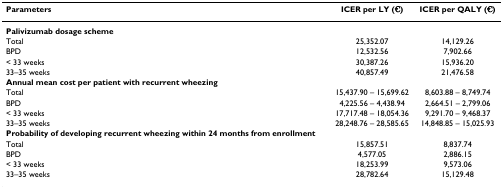
<table><thead><tr><td><b>Parameters</b></td><td><b>ICER per LY (€)</b></td><td><b>ICER per QALY (€)</b></td></tr></thead><tbody><tr><td><b>Palivizumab dosage scheme</b></td><td></td><td></td></tr><tr><td>Total</td><td>25,352.07</td><td>14,129.26</td></tr><tr><td>BPD</td><td>12,532.56</td><td>7,902.66</td></tr><tr><td>&lt; 33 weeks</td><td>30,387.26</td><td>15,936.20</td></tr><tr><td>33–35 weeks</td><td>40,857.49</td><td>21,476.58</td></tr><tr><td><b>Annual mean cost per patient with recurrent wheezing</b></td><td></td><td></td></tr><tr><td>Total</td><td>15,437.90 – 15,699.62</td><td>8,603.88 – 8,749.74</td></tr><tr><td>BPD</td><td>4,225.56 – 4,438.94</td><td>2,664.51 – 2,799.06</td></tr><tr><td>&lt; 33 weeks</td><td>17,717.48 – 18,054.36</td><td>9,291.70 – 9,468.37</td></tr><tr><td>33–35 weeks</td><td>28,248.76 – 28,585.65</td><td>14,848.85 – 15,025.93</td></tr><tr><td><b>Probability of developing recurrent wheezing within 24 months from enrollment</b></td><td></td><td></td></tr><tr><td>Total</td><td>15,857.51</td><td>8,837.74</td></tr><tr><td>BPD</td><td>4,577.05</td><td>2,886.15</td></tr><tr><td>&lt; 33 weeks</td><td>18,253.99</td><td>9,573.06</td></tr><tr><td>33–35 weeks</td><td>28,782.64</td><td>15,129.48</td></tr></tbody></table>